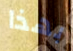
بهذا